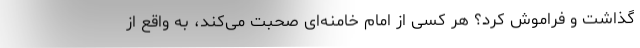
گذاشت و فراموش کرد؟ هر کسی از امام خامنه‌ای صحبت می‌کند، به واقع از